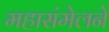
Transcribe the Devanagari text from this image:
महासंमेलने